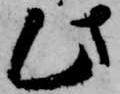
此